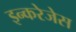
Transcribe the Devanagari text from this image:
इन्करेजेस